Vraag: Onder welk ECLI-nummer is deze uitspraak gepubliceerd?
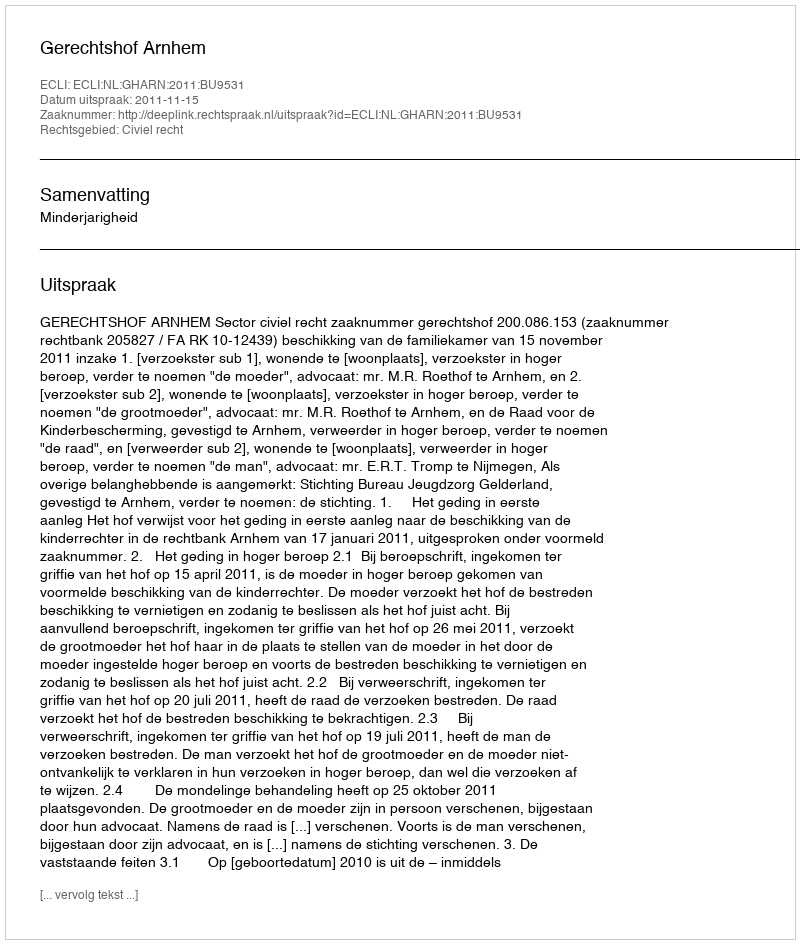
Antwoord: ECLI:NL:GHARN:2011:BU9531